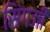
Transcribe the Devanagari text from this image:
सिंगजी